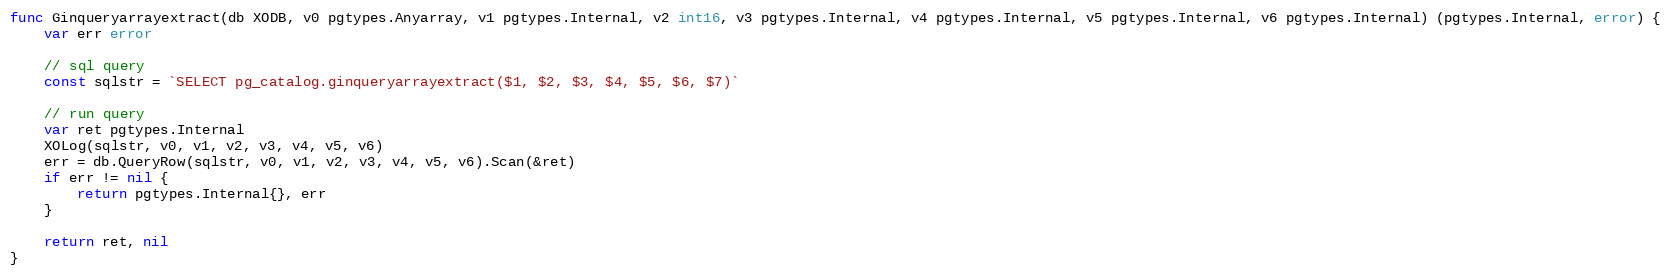
Language: Go
func Ginqueryarrayextract(db XODB, v0 pgtypes.Anyarray, v1 pgtypes.Internal, v2 int16, v3 pgtypes.Internal, v4 pgtypes.Internal, v5 pgtypes.Internal, v6 pgtypes.Internal) (pgtypes.Internal, error) {
	var err error

	// sql query
	const sqlstr = `SELECT pg_catalog.ginqueryarrayextract($1, $2, $3, $4, $5, $6, $7)`

	// run query
	var ret pgtypes.Internal
	XOLog(sqlstr, v0, v1, v2, v3, v4, v5, v6)
	err = db.QueryRow(sqlstr, v0, v1, v2, v3, v4, v5, v6).Scan(&ret)
	if err != nil {
		return pgtypes.Internal{}, err
	}

	return ret, nil
}